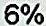
6%